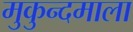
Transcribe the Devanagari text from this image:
मुकुन्दमाला